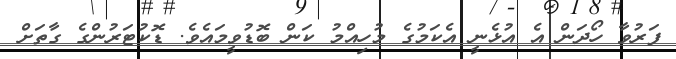
ފަރުވާ ހޯދަން އެ އުޅެނީ އެކަމުގެ މުހިއްމު ކަން ބޮޑުވީމައެވެ. ޑޮކުޓަރުންގެ ގާތަށް